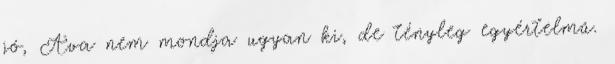
jó, Ava nem mondja ugyan ki, de tényleg egyértelmű.